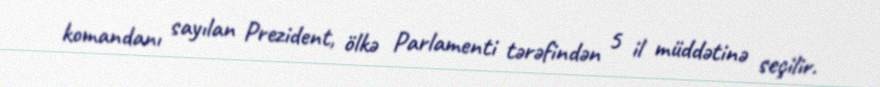
komandanı sayılan Prezident, ölkə Parlamenti tərəfindən 5 il müddətinə seçilir.